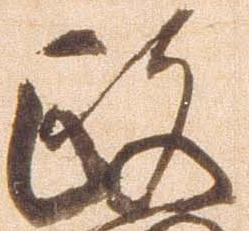
政